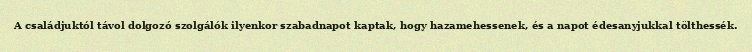
A családjuktól távol dolgozó szolgálók ilyenkor szabadnapot kaptak, hogy hazamehessenek, és a napot édesanyjukkal tölthessék.